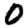
Digit: 0